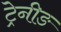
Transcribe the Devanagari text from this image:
ट्रेनीङ